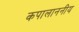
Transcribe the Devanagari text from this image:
कपालाननीय